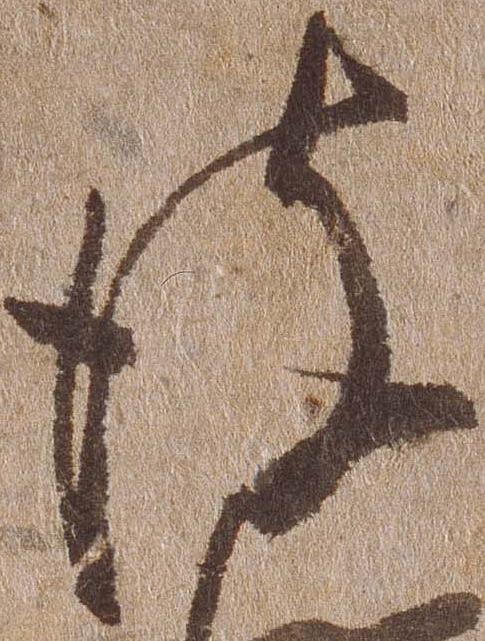
彼